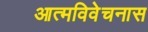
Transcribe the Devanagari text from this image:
आत्मविवेचनास